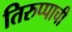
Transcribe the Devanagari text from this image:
तिरुप्पाची